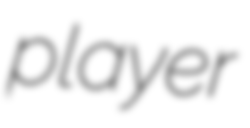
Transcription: player